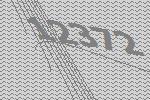
12372